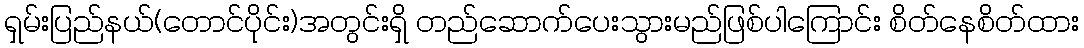
ရှမ်းပြည်နယ်(တောင်ပိုင်း)အတွင်းရှိ တည်ဆောက်ပေးသွားမည်ဖြစ်ပါကြောင်း စိတ်နေစိတ်ထား